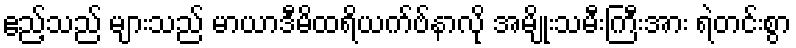
ဧည့်သည် များသည် မာယာဒီမိထရိယက်ဗ်နာလို အမျိုးသမီးကြီးအား ရဲတင်းစွာ